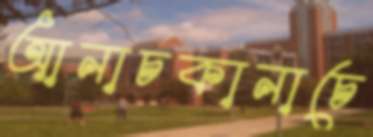
আনাচকানাচে